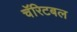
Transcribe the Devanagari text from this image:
चॅरिटबल